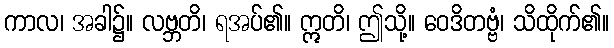
ကာလ၊ အခါ၌။ လဗ္ဘတိ၊ ရအပ်၏။ ဣတိ၊ ဤသို့။ ဝေဒိတဗ္ဗံ၊ သိထိုက်၏။